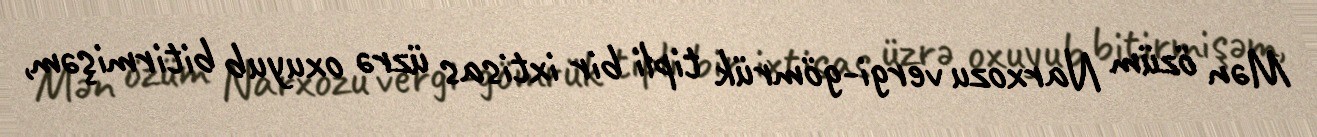
Mən özüm Narxozu vergi-gömrük tipli bir ixtisas üzrə oxuyub bitirmişəm,